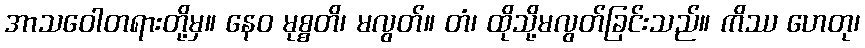
အာသဝေါတရားတို့မှ။ နေဝ မုစ္စတိ၊ မလွတ်။ တံ၊ ထိုသို့မလွတ်ခြင်းသည်။ ကိဿ ဟေတု၊